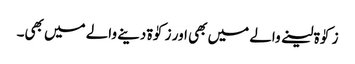
زکوٰۃ لینے والے میں بھی اور زکوٰۃ دینے والے میں بھی۔